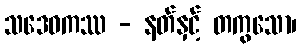
သဒေဝကဿ - နတ်နှင့် တကွသော၊